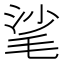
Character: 㲚